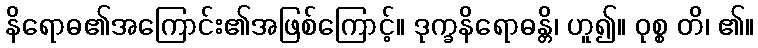
နိရောဓ၏အကြောင်း၏အဖြစ်ကြောင့်။ ဒုက္ခနိရောဓန္တိ၊ ဟူ၍။ ဝုစ္စ တိ၊ ၏။